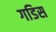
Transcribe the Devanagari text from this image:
गडिस